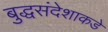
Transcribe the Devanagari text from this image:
बुद्धसंदेशाकडे